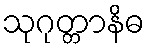
သုဂုတ္တာနိဓ